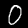
Label: 0